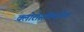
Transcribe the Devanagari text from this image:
क्लोरोसक्सिनिक